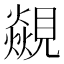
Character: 𮗝